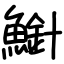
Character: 𫠍